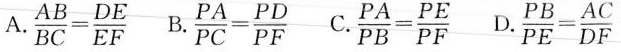
A.$$\frac{AB}{BC} = \frac{DE}{EF}$$ B.$$\frac{PA}{PC} = \frac{PD}{PF}$$C.$$\frac{PA}{PB} = \frac{PE}{PF}$$D.$$\frac{PB}{PE} = \frac{AC}{DF}$$